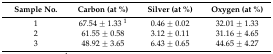
<table><thead><tr><td><b>Sample No.</b></td><td><b>Carbon (at %)</b></td><td><b>Silver (at %)</b></td><td><b>Oxygen (at %)</b></td></tr></thead><tbody><tr><td>1</td><td>67.54 ± 1.33 <sup>1</sup></td><td>0.46 ± 0.02</td><td>32.01 ± 1.33</td></tr><tr><td>2</td><td>61.55 ± 0.58</td><td>3.12 ± 0.11</td><td>31.16 ± 4.65</td></tr><tr><td>3</td><td>48.92 ± 3.65</td><td>6.43 ± 0.65</td><td>44.65 ± 4.27</td></tr></tbody></table>